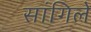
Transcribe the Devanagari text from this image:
सांगिले